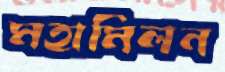
মহামিলন